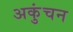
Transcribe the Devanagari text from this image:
अकुंचन